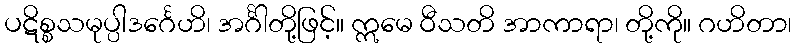
ပဋိစ္စသမုပ္ပါဒင်္ဂေဟိ၊ အင်္ဂါတို့ဖြင့်။ ဣမေ ဝီသတိ အာကာရာ၊ တို့ကို။ ဂဟိတာ၊